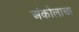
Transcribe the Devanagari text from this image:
अंकोलाचा